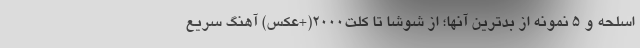
اسلحه و 5 نمونه از بدترین آنها؛ از شوشا تا کلت2000(+عکس) آهنگ سریع